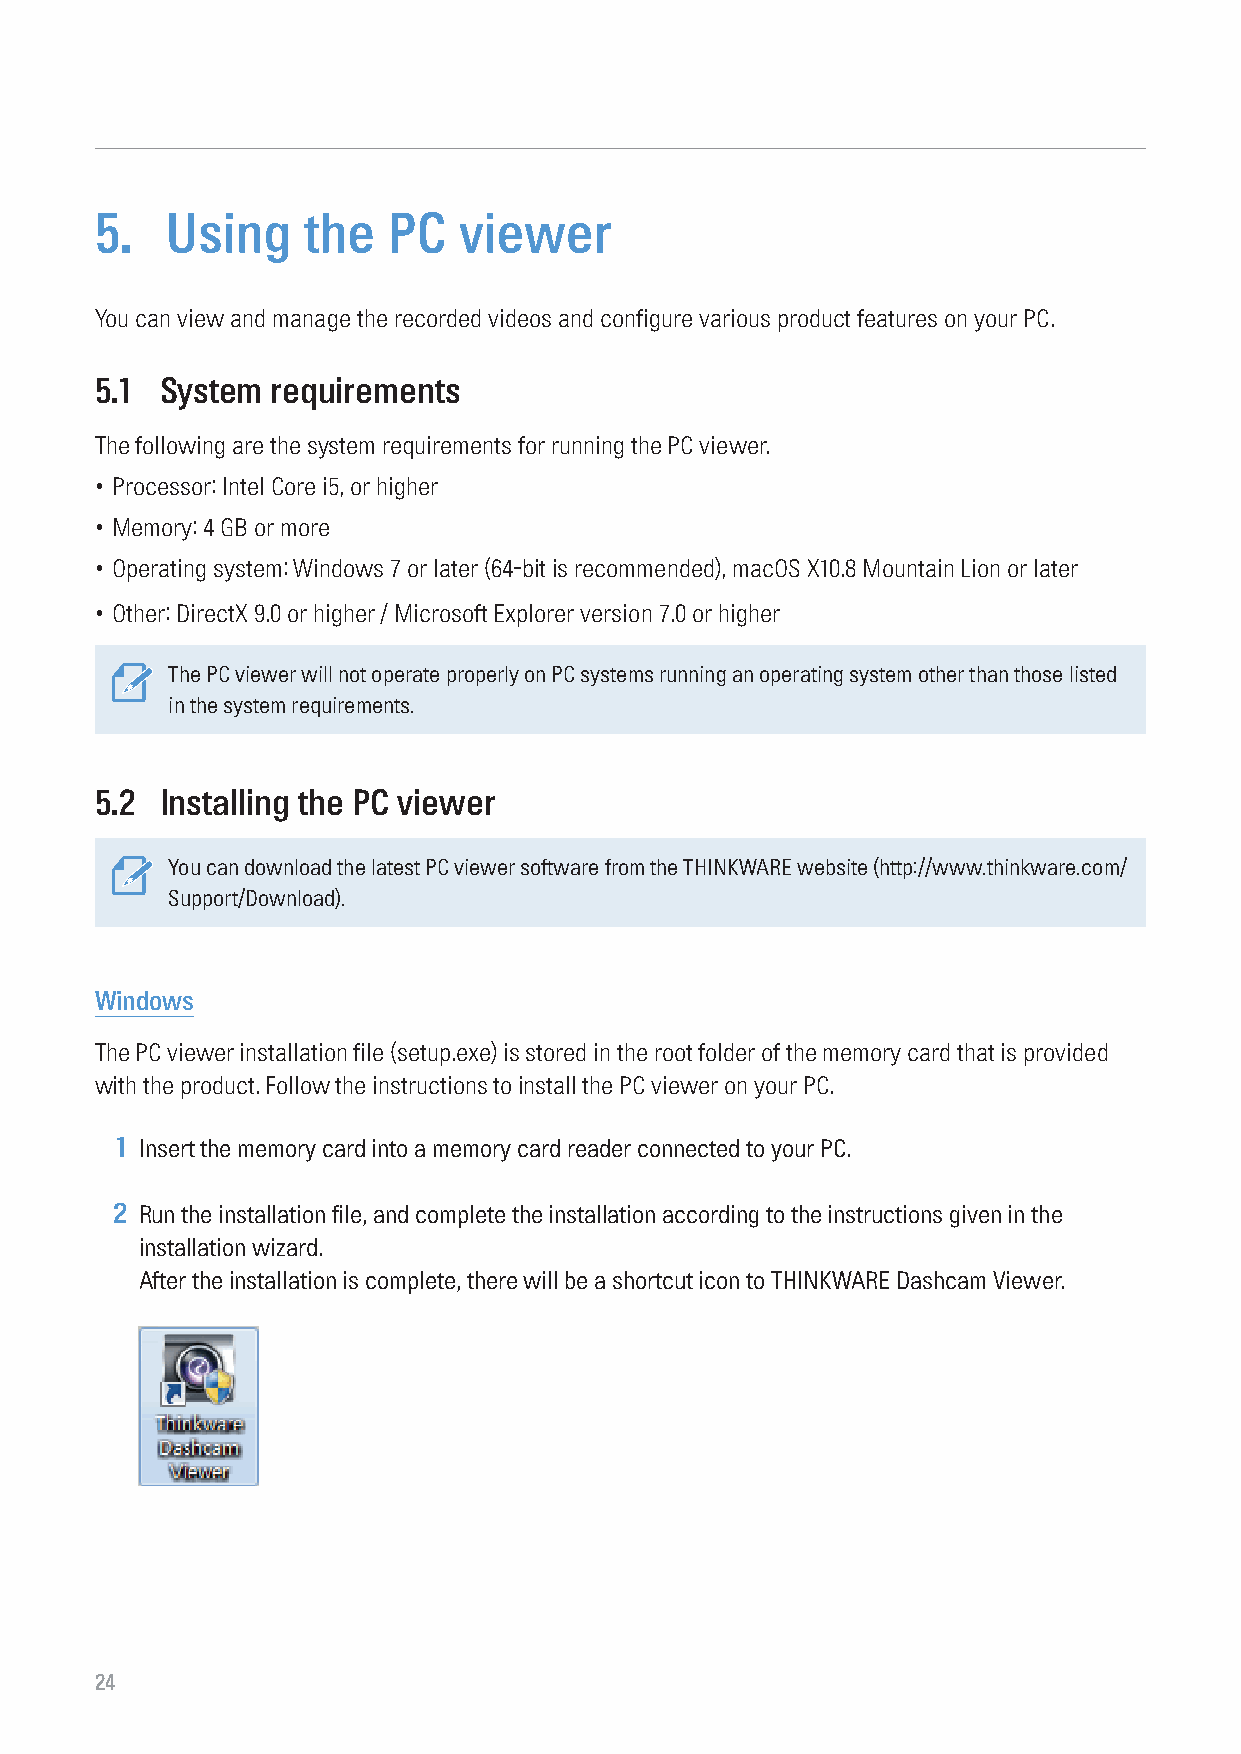
5.   Using    the   PC  viewer
 You can view and manage the recorded videos and configure various product features on your PC.
 5.1  System requirements
 The following are the system requirements for running the PC viewer.
 • Processor: Intel Core i5, or higher
 • Memory: 4 GB or more
 • Operating system: Windows 7 or later (64-bit is recommended), macOS X10.8 Mountain Lion or later
 • Other: DirectX 9.0 or higher / Microsoft Explorer version 7.0 or higher
 The PC viewer will not operate properly on PC systems running an operating system other than those listed
 in the system requirements.
 5.2  Installing the PC viewer
 You can download the latest PC viewer software from the THINKWARE website (http://www.thinkware.com/
 Support/Download).
 Windows
 The PC viewer installation file (setup.exe) is stored in the root folder of the memory card that is provided
 with the product. Follow the instructions to install the PC viewer on your PC.
 1 Insert the memory card into a memory card reader connected to your PC.
 2 Run the installation file, and complete the installation according to the instructions given in the
 installation wizard.
 After the installation is complete, there will be a shortcut icon to THINKWARE Dashcam Viewer.
 24